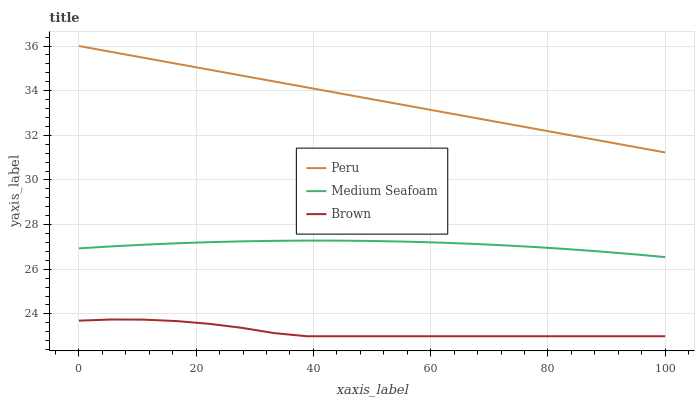
| xaxis_label | Peru | Medium Seafoam | Brown |
 | --- | --- | --- | --- |
 | 0 | 36 | 26.9 | 23.7 |
 | 5.56 | 35.7 | 27 | 23.8 |
 | 11.1 | 35.5 | 27.1 | 23.7 |
 | 16.7 | 35.2 | 27.2 | 23.7 |
 | 22.2 | 34.9 | 27.2 | 23.6 |
 | 27.8 | 34.7 | 27.3 | 23.4 |
 | 33.3 | 34.4 | 27.3 | 23.1 |
 | 38.9 | 34.1 | 27.3 | 23 |
 | 44.4 | 33.9 | 27.3 | 23 |
 | 50 | 33.6 | 27.3 | 23 |
 | 55.6 | 33.4 | 27.2 | 23 |
 | 61.1 | 33.1 | 27.2 | 23 |
 | 66.7 | 32.8 | 27.1 | 23 |
 | 72.2 | 32.6 | 27.1 | 23 |
 | 77.8 | 32.3 | 27 | 23 |
 | 83.3 | 32 | 26.9 | 23 |
 | 88.9 | 31.8 | 26.8 | 23 |
 | 94.4 | 31.5 | 26.7 | 23 |
 | 100 | 31.2 | 26.5 | 23 |